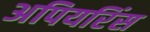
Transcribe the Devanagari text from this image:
अपियरिंस